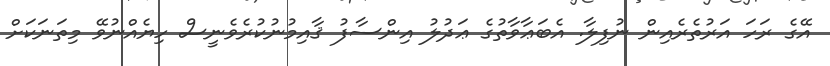
އޭގެ ރަހަ އަރުތެރެއިން ނުފިލާ. އެބަޢާވާތުގެ ޢަދުލު އިންސާފު ޤާއިމުނުކުރެވެނީސް ހިޔެއްނުވޭ މިތަނަކަށް